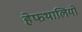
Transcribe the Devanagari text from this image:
हेफथालियों